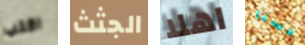
اكتب الجثث اهلا حسنا